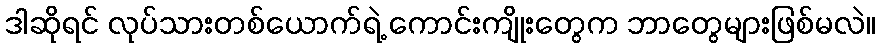
ဒါဆိုရင် လုပ်သားတစ်ယောက်ရဲ့ ကောင်းကျိုးတွေက ဘာတွေများဖြစ်မလဲ။